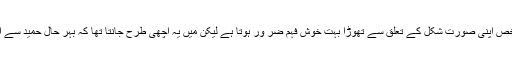
گو ہر شخص اپنی صورت شکل کے تعلق سے تھوڑا بہت خوش فہم ضر ور ہوتا ہے لیکن میں یہ اچھی طرح جانتا تھا کہ بہر حال حمید سے اچھا ہوں۔